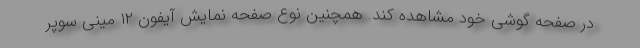
در صفحه گوشی خود مشاهده کند. همچنین نوع صفحه نمایش آیفون ۱۲ مینی سوپر